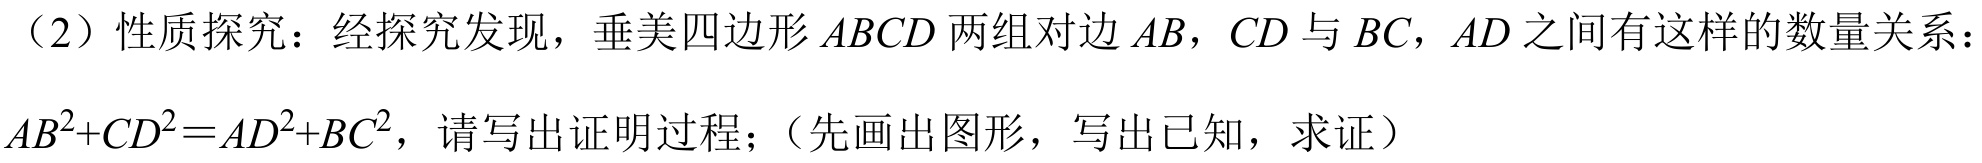
（2）性质探究：经探究发现，垂美四边形\(ABCD\)两组对边\(AB\)，\(CD\)与\(BC\)，\(AD\)之间有这样的数量关系：
\(AB^{2}+CD^{2}=AD^{2}+BC^{2}\)，请写出证明过程；（先画出图形，写出已知，求证）